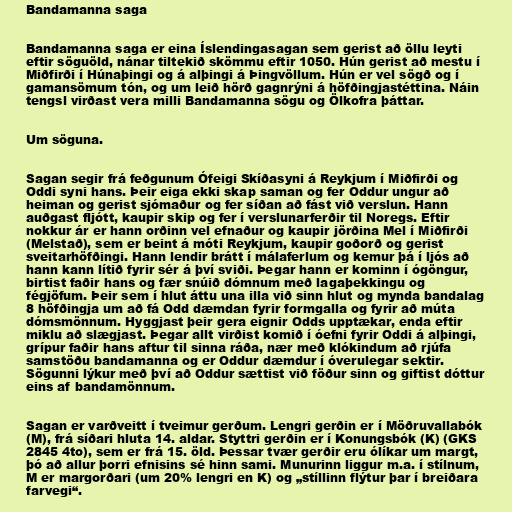
Bandamanna saga

Bandamanna saga er eina Íslendingasagan sem gerist að öllu leyti
eftir söguöld, nánar tiltekið skömmu eftir 1050. Hún gerist að mestu í
Miðfirði í Húnaþingi og á alþingi á Þingvöllum. Hún er vel sögð og í
gamansömum tón, og um leið hörð gagnrýni á höfðingjastéttina. Náin
tengsl virðast vera milli Bandamanna sögu og Ölkofra þáttar.

Um söguna.

Sagan segir frá feðgunum Ófeigi Skíðasyni á Reykjum í Miðfirði og
Oddi syni hans. Þeir eiga ekki skap saman og fer Oddur ungur að
heiman og gerist sjómaður og fer síðan að fást við verslun. Hann
auðgast fljótt, kaupir skip og fer í verslunarferðir til Noregs. Eftir
nokkur ár er hann orðinn vel efnaður og kaupir jörðina Mel í Miðfirði
(Melstað), sem er beint á móti Reykjum, kaupir goðorð og gerist
sveitarhöfðingi. Hann lendir brátt í málaferlum og kemur þá í ljós að
hann kann lítið fyrir sér á því sviði. Þegar hann er kominn í ógöngur,
birtist faðir hans og fær snúið dómnum með lagaþekkingu og
fégjöfum. Þeir sem í hlut áttu una illa við sinn hlut og mynda bandalag
8 höfðingja um að fá Odd dæmdan fyrir formgalla og fyrir að múta
dómsmönnum. Hyggjast þeir gera eignir Odds upptækar, enda eftir
miklu að slægjast. Þegar allt virðist komið í óefni fyrir Oddi á alþingi,
grípur faðir hans aftur til sinna ráða, nær með klókindum að rjúfa
samstöðu bandamanna og er Oddur dæmdur í óverulegar sektir.
Sögunni lýkur með því að Oddur sættist við föður sinn og giftist dóttur
eins af bandamönnum.

Sagan er varðveitt í tveimur gerðum. Lengri gerðin er í Möðruvallabók
(M), frá síðari hluta 14. aldar. Styttri gerðin er í Konungsbók (K) (GKS
2845 4to), sem er frá 15. öld. Þessar tvær gerðir eru ólíkar um margt,
þó að allur þorri efnisins sé hinn sami. Munurinn liggur m.a. í stílnum,
M er margorðari (um 20% lengri en K) og „stíllinn flýtur þar í breiðara
farvegi“.